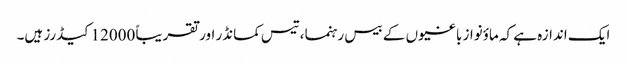
ایک اندازہ ہے کہ ماؤنواز باغیوں کے بیس رہنما، تیس کمانڈر اور تقریباً 12000 کیڈرز ہیں۔